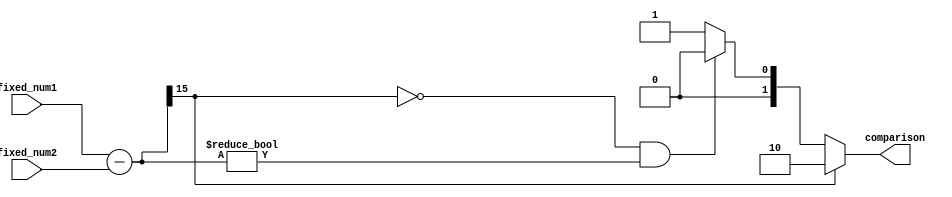
module fixed_point_comparator (
    input [15:0] fixed_num1, // First fixed-point number
    input [15:0] fixed_num2, // Second fixed-point number
    output reg [1:0] comparison // Output indicating relationship between the two numbers (00: less than, 01: equal to, 10: greater than)
);

// Subtract the two fixed-point numbers
wire [15:0] difference;
assign difference = fixed_num1 - fixed_num2;

// Determine relationship between the two numbers based on sign bit of difference
always @(*) begin
    if (difference[15] == 1) begin
        comparison = 2'b10; // First number is greater than second number
    end else if (difference[15] == 0 && difference != 16'b0000000000000000) begin
        comparison = 2'b00; // First number is less than second number
    end else begin
        comparison = 2'b01; // First number is equal to second number
    end
end

endmodule